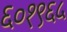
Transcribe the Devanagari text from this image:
६०१९६५